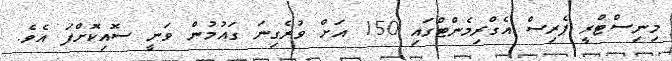
މިނިސްޓްރީ ޕެރިސް އެގްރިމެންޓްގައި 150 އަށް ވުރެގިނަ ގައުމުން ވަނީ ސޮއިކޮށްފަ އެވެ.